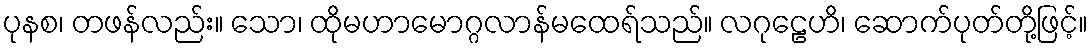
ပုနစ၊ တဖန်လည်း။ သော၊ ထိုမဟာမောဂ္ဂလာန်မထေရ်သည်။ လဂုဠေဟိ၊ ဆောက်ပုတ်တို့ဖြင့်။